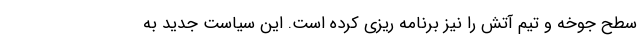
سطح جوخه و تیم آتش را نیز برنامه ریزی کرده است. این سیاست جدید به